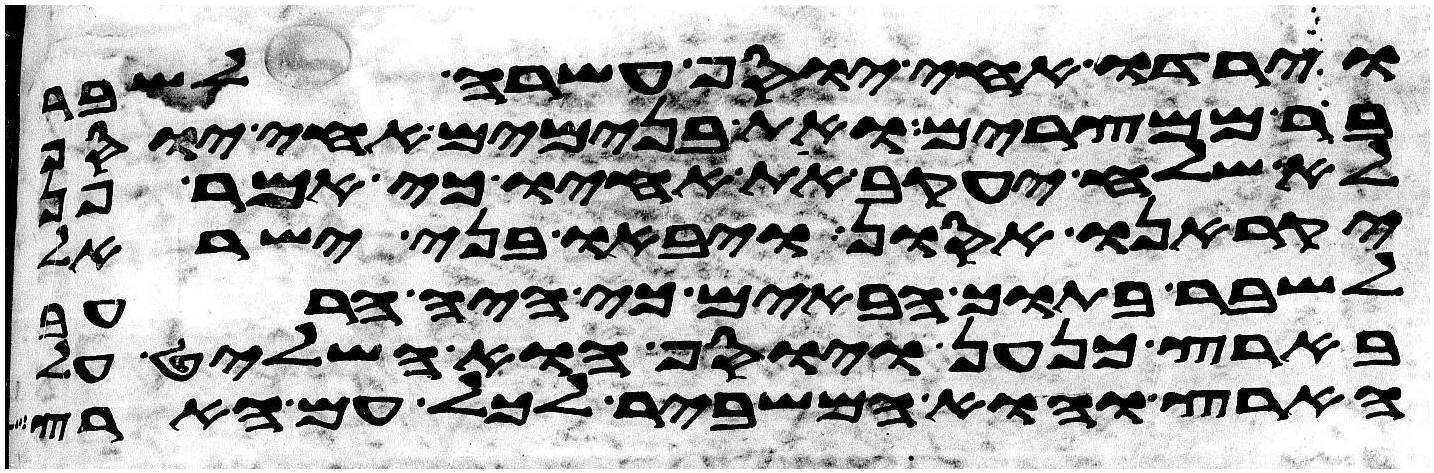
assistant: וירדו אחי יוסף עשרה לשבר
בר ממצרים ואת בנימים אחי יוסף
לא שלח יעקב את אחיו כי אמר פן
יקראנו אסון ויבאו בני ישראל
לשבר בתוך הבאים כי היה הרעב
בארץ כנען ויוסף הוא השליט על
הארץ והוא המשביר לכל עם הארץ